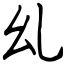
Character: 乣